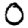
Digit: 0